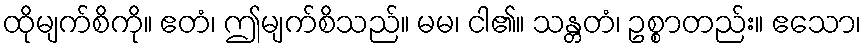
ထိုမျက်စိကို။ ဧတံ၊ ဤမျက်စိသည်။ မမ၊ ငါ၏။ သန္တတံ၊ ဥစ္စာတည်း။ ဧသော၊